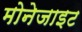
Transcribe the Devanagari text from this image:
मोनेजाइट